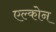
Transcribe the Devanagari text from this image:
एल्कोन